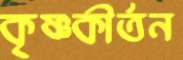
কৃষ্ণকীর্তন